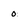
Character: 0